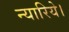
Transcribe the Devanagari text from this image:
न्यारिये।